Lunatic asylums Central Provinces reports 1895-1909 - 1895-1909
Year: 1895
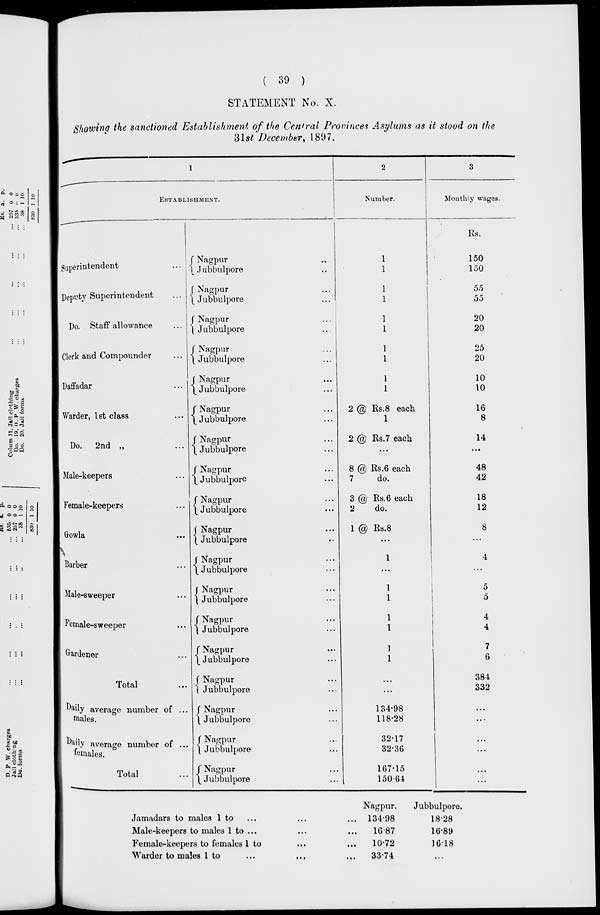
( 39 )
STATEMENT No. X.
Showing the sanctioned Establishment, of the Central Provinces Asylums as it stood on the
31st December, 1897.
1
ESTABLISHMENT.
Superintendent ...
Deputy Superintendent ...
Do. Staff allowance ...
Clerk and Compounder ...
Daffadar ...
Warder, 1st class ...
Do.
2nd „ ...
Male-keepers ...
Female-keepers ...
Growla ...
Barber ...
Male-sweeper ...
Female-sweeper ...
Gardener ...
Total ...
Daily average number of
males. ...
Daily average number of
females. ...
Total ...
Nagpur ...
Jubbulpore ...
Nagpur ...
Jubbulpore
...
Nagpur ...
Jubbulpore ...
Nagpur ...
Jubbulpore ...
Nagpur ...
Jubbulpore ...
Nagpur ...
Jubbulpore ...
Nagpur ...
Jubbulpore ...
Nagpur ...
Jubbulpore ...
Nagpur ...
Jubbulpore ...
Nagpur ...
Jubbulpore ...
Nagpur ...
Jubbulpore ...
Nagpur ...
Jubbulpore ...
Nagpur ...
Jubbulpore ...
Nagpur ...
Jubbulpore ...
Nagpur ...
Jubbulpore ...
Nagpur ...
Jubbulpore ...
Nagpur ...
Jubbulpore ...
Nagpur ...
Jubbulpore ...
2
Number.
1
1
1
1
1
1
1
1
1
1
2 @ Rs.8 each
1
2 @ Rs.7 each
...
8 @ Rs.6 each
7
do.
3 @ Rs.6 each
2
do.
1 @ Rs.8
...
1
...
1
1
1
1
1
1
...
...
134.98
118.28
32.17
32.36
167.15
150.64
3
Monthly wages.
Rs.
150
150
55
55
20
20
25
20
10
10
16
8
14
...
48
42
18
12
8
...
4
...
5
5
4
4
7
6
384
332
...
...
...
...
...
...
Jamadars to males 1 to ... ... ...
Male-keepers to males 1 to ... ... ...
Female-keepers to females 1 to ... ...
Warder to males 1 to ... ... ...
Nagpur.
134.98
16.87
10.72
33.74
Jubbulpore.
18.28
16.89
16.18
...